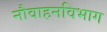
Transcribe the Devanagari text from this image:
नौवाहनविभाग